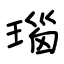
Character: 瑙